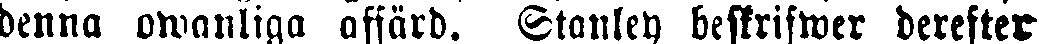
denna owanliga affärd. Stanley beskrifwer derefter